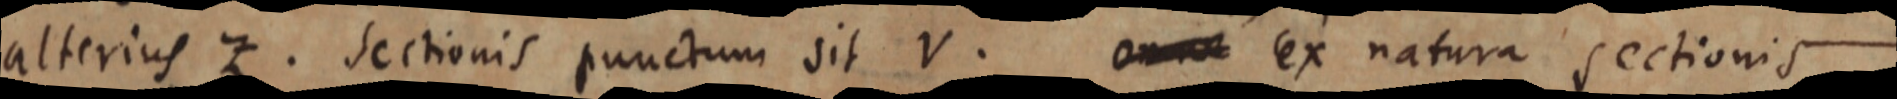
alterius Z. Sectionis punctum sit V. omne ex natura sectionis